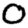
Digit: 0